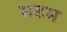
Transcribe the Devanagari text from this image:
मडम